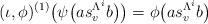
LaTeX: \begin{align*}(\iota,\phi)^{(1)}\big(\psi\big(as_v^{\Lambda^i}b\big)\big)=\phi\big(as_v^{\Lambda^i}b\big)\end{align*}